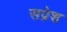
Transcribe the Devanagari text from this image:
सप्रेश